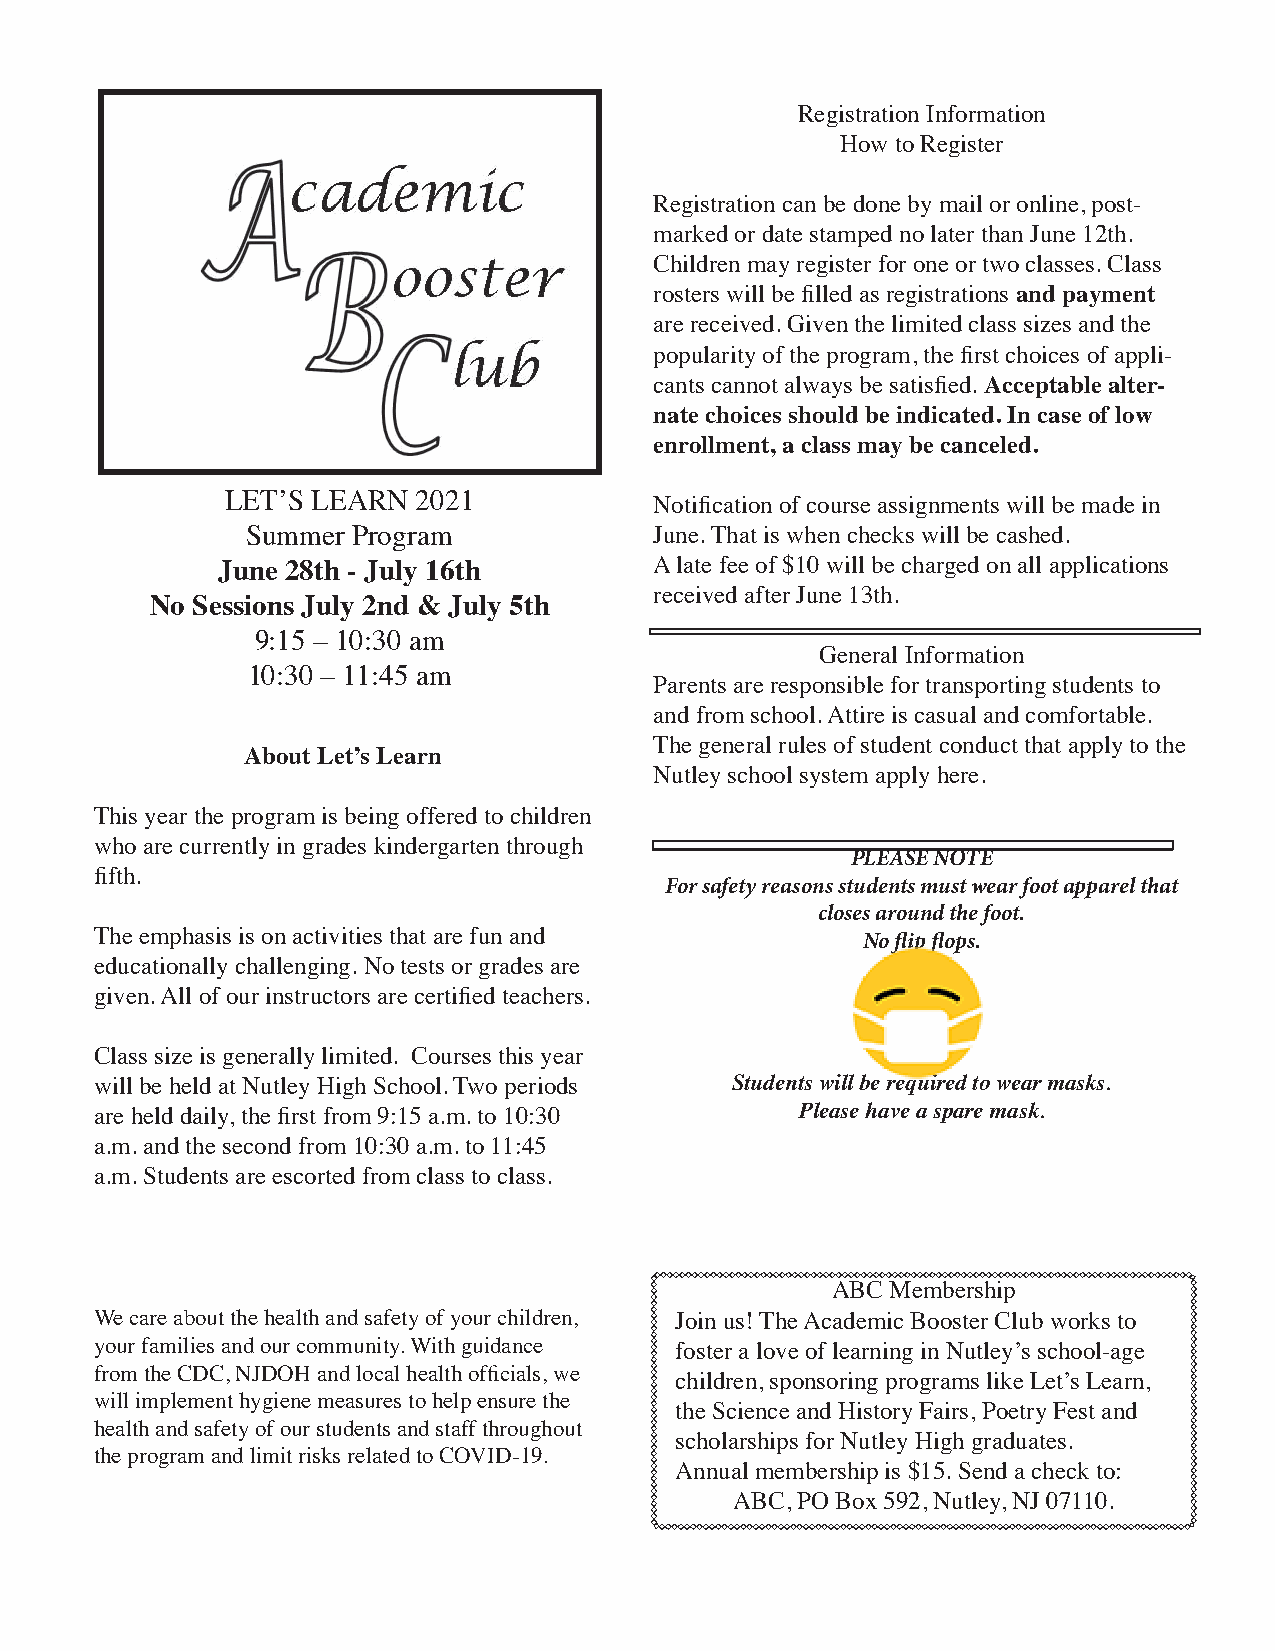
Registration Information
 How to Register
 Registration can be done by mail or online, post-
 marked or date stamped no later than June 12th.
 Children may register for one or two classes. Class
 rosters will be filled as registrations and payment
 are received. Given the limited class sizes and the
 popularity of the program, the first choices of appli-
 cants cannot always be satisfied. Acceptable alter-
 nate choices should be indicated. In case of low
 enrollment, a class may be canceled.
 LET’S LEARN  2021           Notification of course assignments will be made in
 Summer Program             June. That is when checks will be cashed.
 June 28th - July 16th        A late fee of $10 will be charged on all applications
 received after June 13th.
 No Sessions July 2nd & July 5th
 9:15 – 10:30 am
 General Information
 10:30 – 11:45 am
 Parents are responsible for transporting students to
 and from school. Attire is casual and comfortable.
 The general rules of student conduct that apply to the
 About Let’s Learn
 Nutley school system apply here.
 This year the program is being offered to children
 who are currently in grades kindergarten through
 PLEASE NOTE
 fifth.
 For safety reasons students must wear foot apparel that
 closes around the foot.
 The emphasis is on activities that are fun and     No flip flops.
 educationally challenging. No tests or grades are
 given. All of our instructors are certified teachers.
 Class size is generally limited. Courses this year
 will be held at Nutley High School. Two periods Students will be required to wear masks.
 are held daily, the first from 9:15 a.m. to 10:30 Please have a spare mask.
 a.m. and the second from 10:30 a.m. to 11:45
 a.m. Students are escorted from class to class.
 ABC Membership
 We care about the health and safety of your children, Join us! The Academic Booster Club works to
 your families and our community. With guidance foster a love of learning in Nutley’s school-age
 from the CDC, NJDOH and local health officials, we
 children, sponsoring programs like Let’s Learn,
 will implement hygiene measures to help ensure the
 the Science and History Fairs, Poetry Fest and
 health and safety of our students and staff throughout
 scholarships for Nutley High graduates.
 the program and limit risks related to COVID-19.
 Annual membership is $15. Send a check to:
 ABC, PO Box 592, Nutley, NJ 07110.